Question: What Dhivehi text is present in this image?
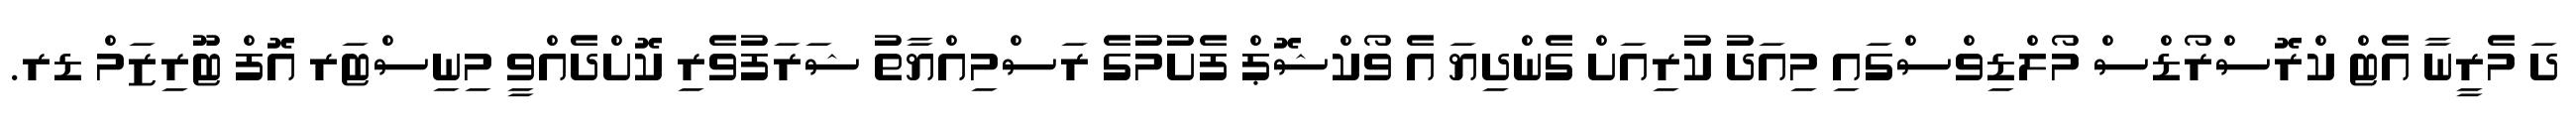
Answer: ދަ މެރީނާ އެޓް ކްރޮސްރޯޑްސް މޯލްޑިވްސްގައި މިއަދު ކުރިއަށް ގެންދިޔަ އެ ވޯކްޝޮޕް ފެށުމުގެ ރަސްމިއްޔާތު ޝަރަފުވެރި ކޮށްދެއްވީ މިނިސްޓަރ އޮފް ޓޫރިޒަމް ޑރ.